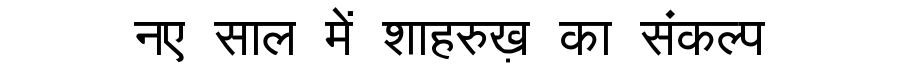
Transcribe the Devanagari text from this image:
नए साल में शाहरुख़ का संकल्प